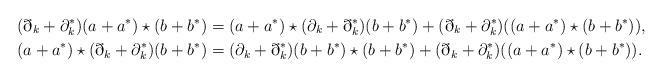
LaTeX: \begin{gather*} (\eth_k + \partial_k^*)(a + a^*) \star (b + b^*) = (a + a^*) \star (\partial_k + \eth_k^*)(b + b^*) + (\eth_k + \partial_k^*)((a + a^*)\star (b + b^*)), \\ (a + a^*) \star (\eth_k + \partial_k^*)(b + b^*) =(\partial_k + \eth_k^*)(b + b^*) \star (b + b^*) + (\eth_k + \partial_k^*)((a + a^*) \star (b + b^*)). \end{gather*}